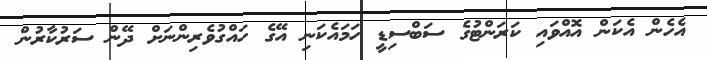
އެހެން އެކަން އޮއްވައި ކަރަންޓުގެ ސަބްސިޑީ ހަމައެކަނި އޭގެ ހައްގުވެރިންނަށް ދޭން ސަރުކާރުން